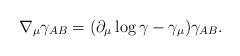
\begin{align*}\nabla _{\mu }\gamma _{AB}=(\partial _{\mu }\log \gamma -\gamma _{\mu})\gamma _{AB}. \end{align*}